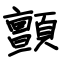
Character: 顫